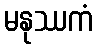
မနုဿကံ